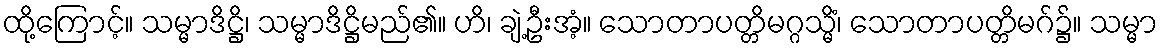
ထို့ကြောင့်။ သမ္မာဒိဋ္ဌိ၊ သမ္မာဒိဋ္ဌိမည်၏။ ဟိ၊ ချဲ့ဦးအံ့။ သောတာပတ္တိမဂ္ဂသ္မိံ၊ သောတာပတ္တိမဂ်၌။ သမ္မာ